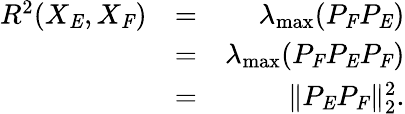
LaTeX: \begin{array}{rlr}{R^{2}(X_{\mathit{E}},X_{\mathit{F}})}&{=}&{\lambda_{\mathrm{max}}(P_{\mathit{F}}P_{\mathit{E}})}\\ &{=}&{\lambda_{\mathrm{max}}(P_{\mathit{F}}P_{\mathit{E}}P_{\mathit{F}})}\\ &{=}&{\| P_{\mathit{E}}P_{\mathit{F}}\| _{2}^{2}.}\end{array}